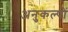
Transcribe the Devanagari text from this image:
अनुकल्पों